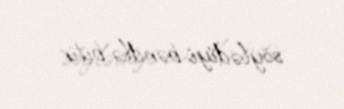
söylədiyi bəndlə bitir.